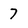
Character: 7